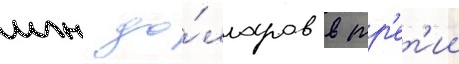
млн до́лларов в тр'ет'ии